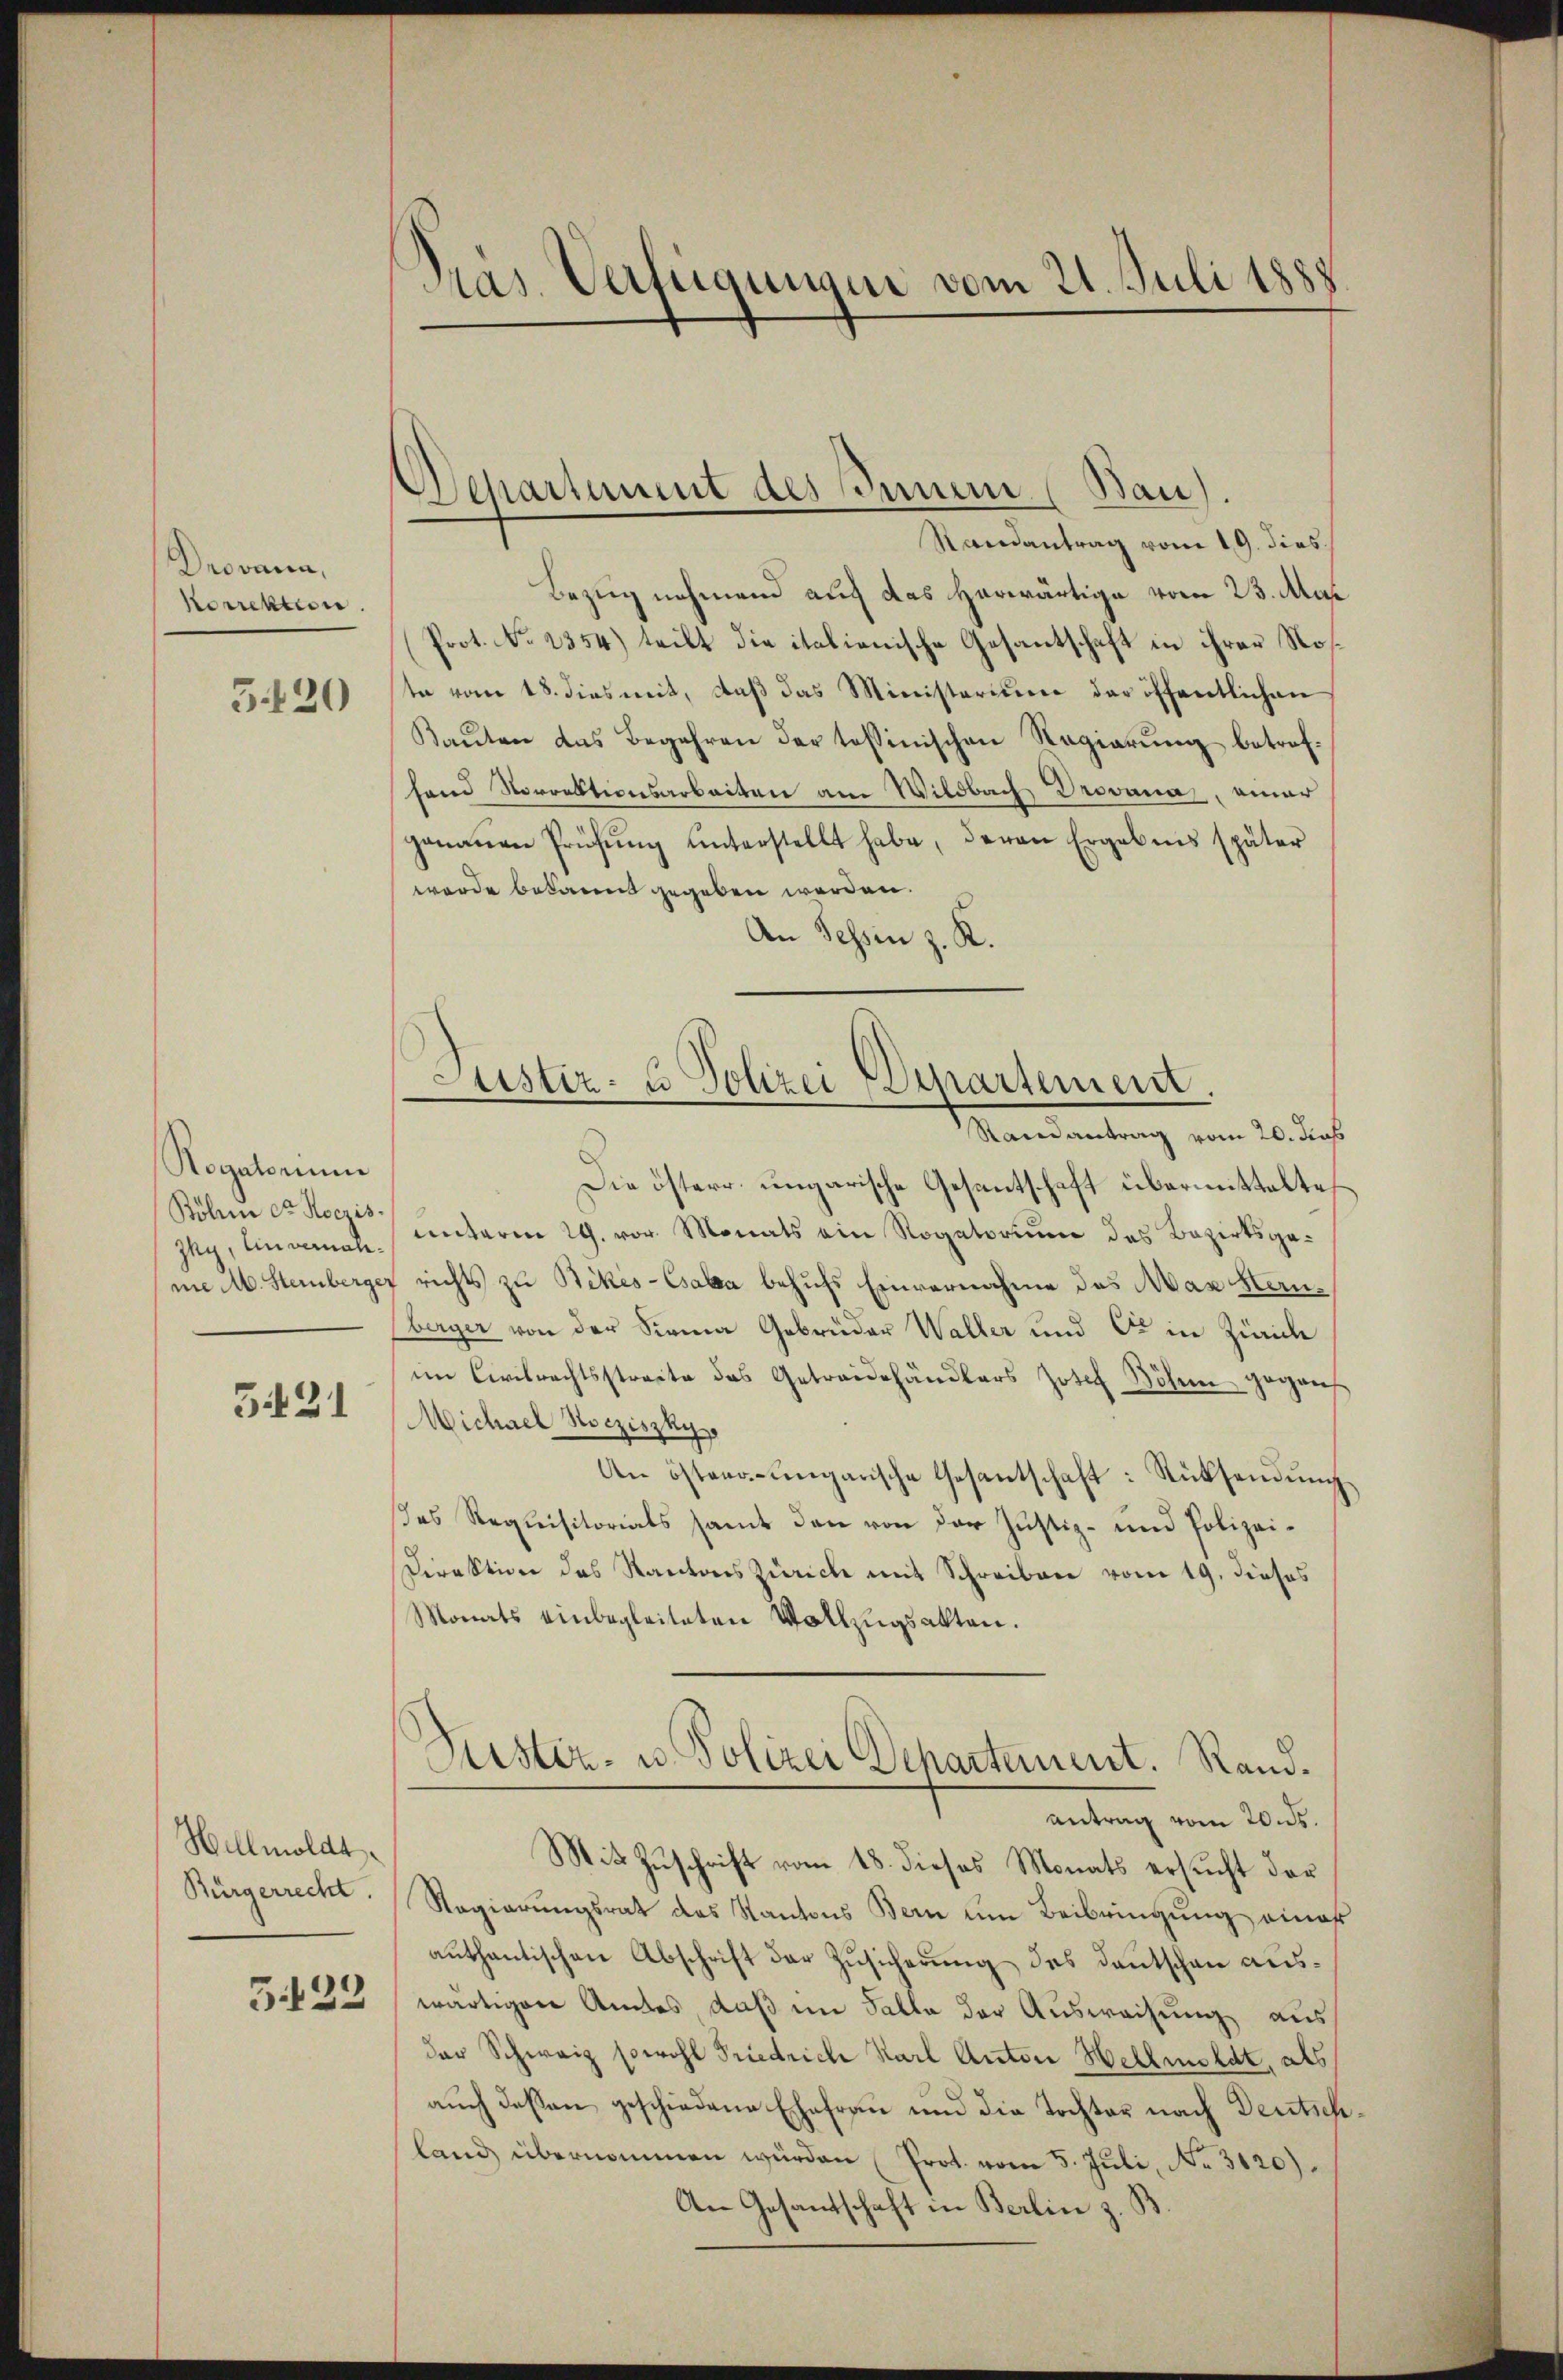
Drovann,
Korrektion.

5.20

Rogatorium
Sölen der Roczis.
Ihy, Einvernahme M. Steinberge

5421

Hellmoldt.
Bürgerrecht.
5423

Präs. Verfügungen vom 21. Juli 1888

Separtement des Innern (Bau).

Randantrag vom 19. dies
Bezug nehmend auf das herwärtige vom 23. Mai
Prot. No 2354) teilt die italienische Gesantschaft in ihrer Noste vom 18. dies mit, daβ das Ministerium der öffentlichen
Baŭten das Begehren der tessinischen Regierung betrefhand Norrektionsarbeiten am Wildbach Drovana, einer
genauen Prüfŭng ŭnterstellt habe, deren Ergebnis später
wurde bekannt gegeben werden.
An Sessen z. K.

Justiz- u Polizei Departement.
Randantrag vom 20. Jus

Die österr. ungarische Gesantschaft übermittelte
unterm 29. vor. Monats ein Rogatorium des Bezirksgerichts zu Bikes-Csaba behufs Einvernahme des Max Heuberger von der Siena Gebrüder Waller und Er in Zürich
im Civilrechtsstreite das Getraidehändlers Josef Bösen gegens
Michael Kocziszkys
An östen ungarische Gesantschaft: Rücksendung
des Requisitorials samt dann von der Justiz- und Polizei¬
Direktion des Kantons Zürich mit Schreiben vom 19. dieses
Monats einbegleiteten Vollzugsakten.
Puster- u. Polizei Departement. Randantrag vom 20. ds.
Mit Zuschrift vom 18. dieses Monats ersucht der
Regierŭngsrat des Kantons Bern um Beibringŭng einat
autantischen Abschrift der Zusicherung des Deutschen auswärtigen Amtes daß im Falle der Ausweisung aus
der Schweiz sowohl Friedrich Karl Anton Hellmeldt, als
auch deßen geschiedene Ehefrau und die Tochter nach Deutschland übernommen würden Prot. vom 5. Juli, No. 3120).
An Gesandtschaft in Berlin z. B.